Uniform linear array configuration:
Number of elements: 8
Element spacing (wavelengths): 0.5
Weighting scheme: exponential
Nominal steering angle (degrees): -45
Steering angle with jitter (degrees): -46.937
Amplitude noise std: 0.05
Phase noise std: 0.05

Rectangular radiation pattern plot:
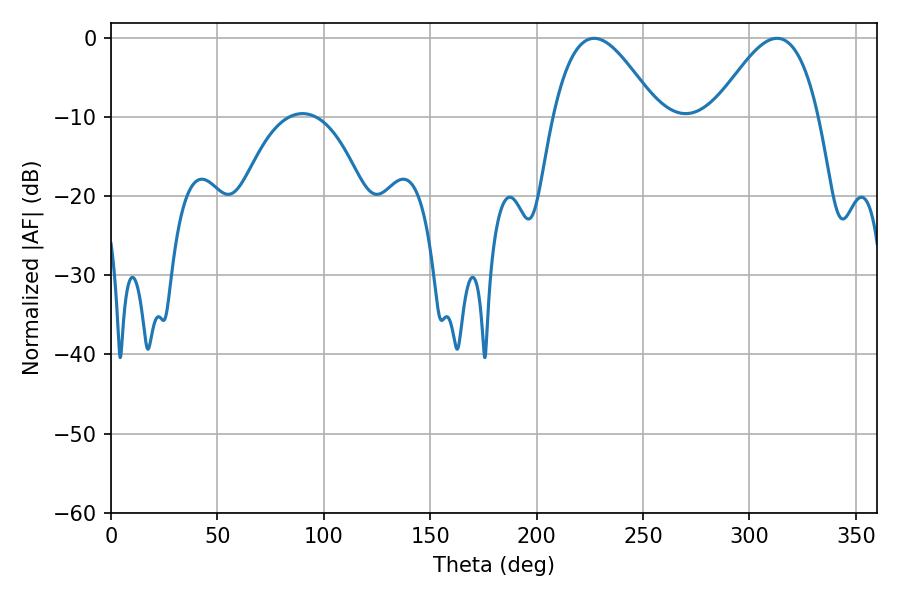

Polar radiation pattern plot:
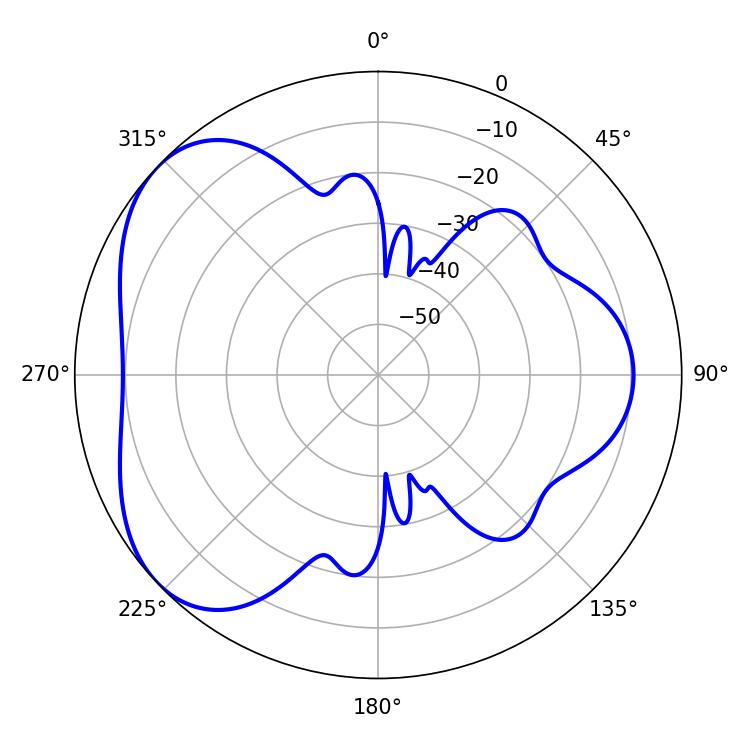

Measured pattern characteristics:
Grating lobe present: FALSE
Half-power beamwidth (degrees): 26.46
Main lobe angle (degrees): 226.98